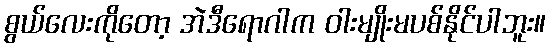
စွယ်လေးကိုတော့ အဲဒီရောဂါက ဝါးမျိုးမပစ်နိုင်ပါဘူး။